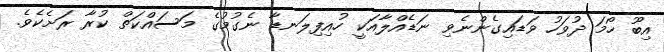
އިބޫ ހޯމަ ދުވަހު ވަޑައިގެންނެވި ނަޑެއްލާއަކީ ހުއިފިލަނޑާ ނެގުމުގެ މަސައްކަތް ކުރާ ރަށެކެވެ.